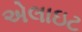
એલાઇટ